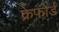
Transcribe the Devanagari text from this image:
क्रेफोर्ड